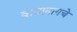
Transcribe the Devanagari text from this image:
वाद्यामागचे